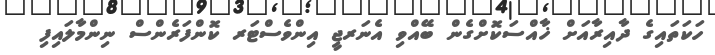
ހަކަތައިގެ ދާއިރާއަށް ޚާއްސަކޮށްގެން ބޭއްވި އެނަރޖީ އިންވެސްޓަރ ކޮންފަރެންސް ނިންމާލައިފި